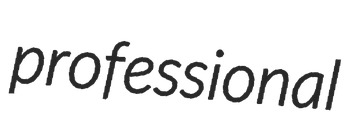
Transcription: professional